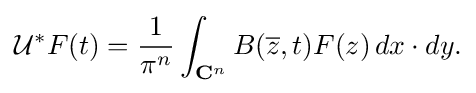
{{\mathcal {U}}^{*}F(t)={1 \over \pi ^{n}}\int _{{\mathbf {C} }^{n}}B({\overline {z}},t)F(z)\,dx\cdot dy.}